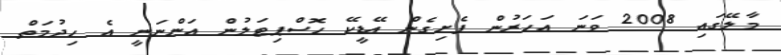
މާލޭގައި 2008 ވަނަ އަހަރުން ފެށިގެން އޭޑީކޭ ހޮސްޕިޓަލުން އަންނަނީ އެ ހިދުމަތް